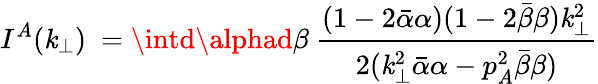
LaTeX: I^{A}(\mathit{k}_{\perp})~=\intd\alphad\beta~{\frac{{(1-2\bar{{\alpha}}\alpha)(1-2\bar{{\beta}}\beta)\mathit{k}_{\perp}^{2}}}{{2(\mathit{k}_{\perp}^{2}\bar{{\alpha}}\alpha-p_{A}^{2}\bar{{\beta}}\beta)}}}